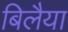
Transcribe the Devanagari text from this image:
बिलैया